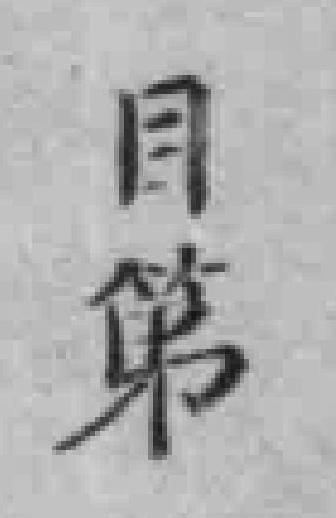
目第